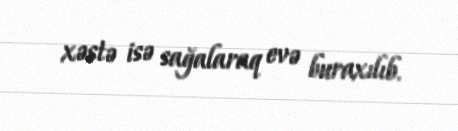
xəstə isə sağalaraq evə buraxılıb.